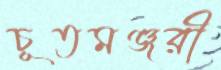
চূতমঞ্জরী